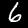
Label: 6